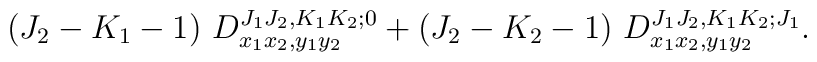
(J_2-K_1-1)~D^{J_1 J_2,K_1 K_2;0}_{x_1 x_2,y_1 y_2} +(J_2-K_2-1)~D^{J_1 J_2,K_1 K_2;J_1}_{x_1 x_2,y_1 y_2}.